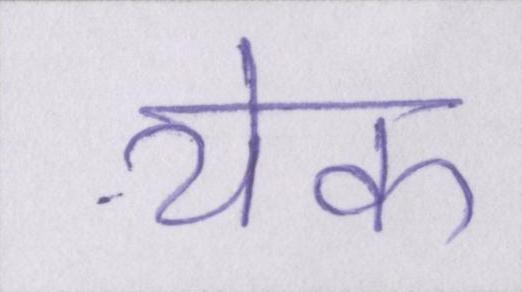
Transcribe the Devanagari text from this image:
येक